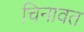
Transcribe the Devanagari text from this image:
चिनावत